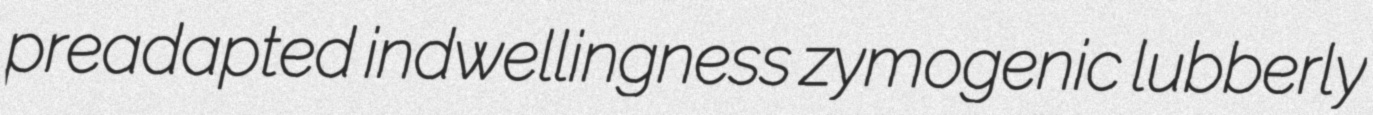
preadapted indwellingness zymogenic lubberly